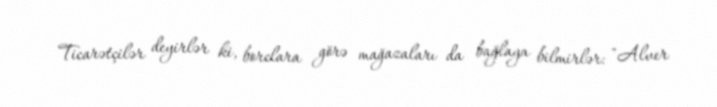
Ticarətçilər deyirlər ki, borclara görə mağazaları da bağlaya bilmirlər: "Alver